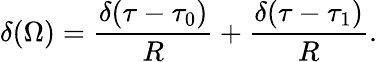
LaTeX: \delta(\Omega)={\frac{\delta(\tau-\tau_{0})}{R}}+{\frac{\delta(\tau-\tau_{1})}{R}}.